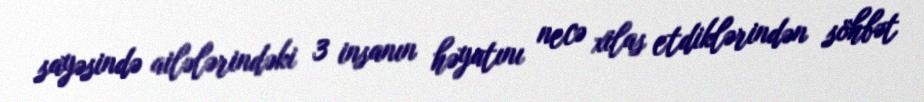
sayəsində ailələrindəki 3 insanın həyatını necə xilas etdiklərindən söhbət